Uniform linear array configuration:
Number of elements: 32
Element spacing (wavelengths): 0.75
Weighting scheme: cosine
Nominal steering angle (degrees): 30
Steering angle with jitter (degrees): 31.39
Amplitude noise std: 0.05
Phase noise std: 0.05

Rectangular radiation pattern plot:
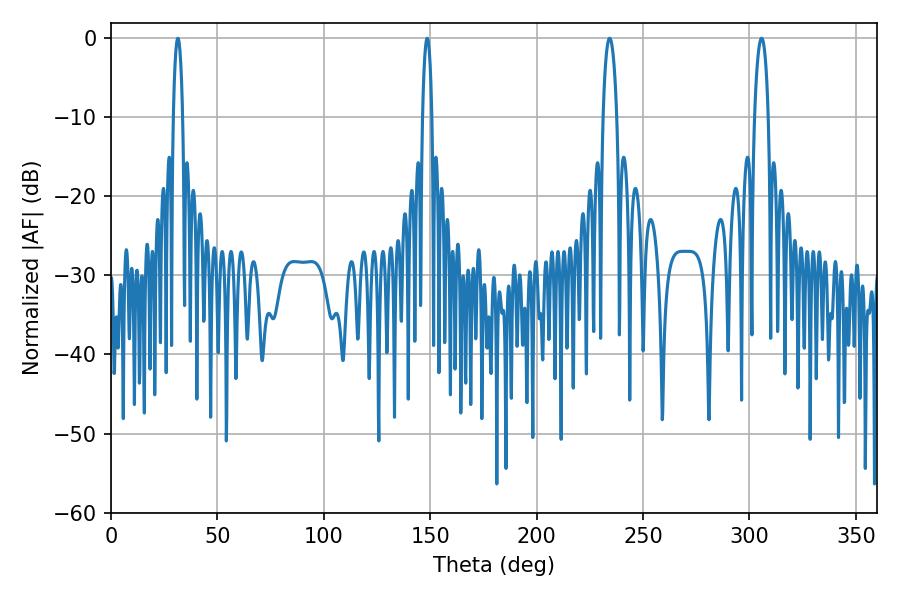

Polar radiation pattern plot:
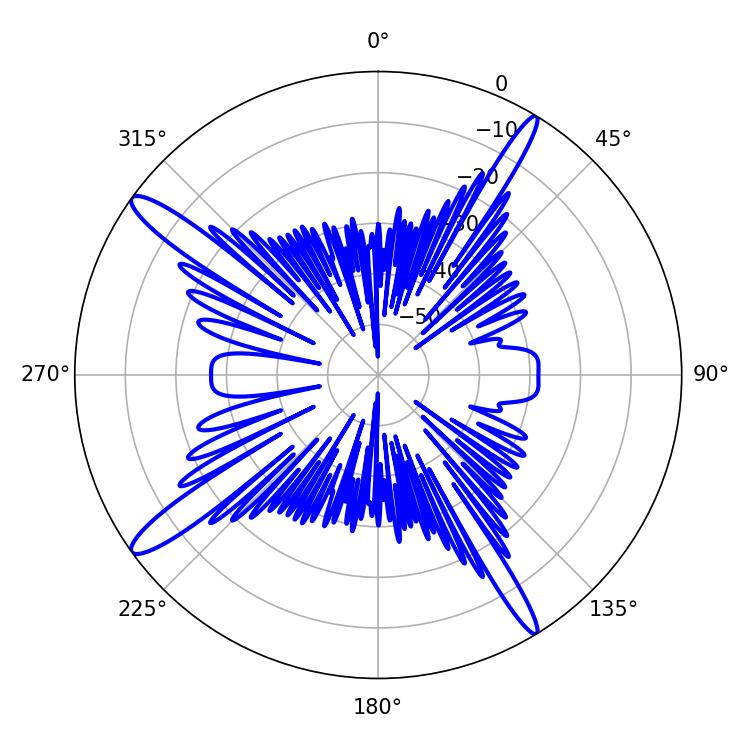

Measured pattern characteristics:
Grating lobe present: TRUE
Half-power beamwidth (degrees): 3.6
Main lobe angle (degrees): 305.64